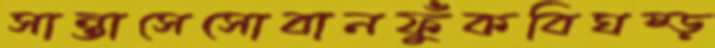
সান্তাসেসোবানফুঁকবিঘষ্‌ড়